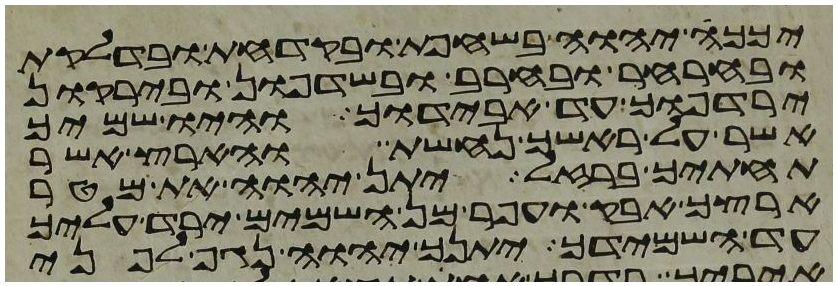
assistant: יכך יהוה בשחפת ובקדחת ובדלקת
ובחרחר ובחרב ובשדפון ובירקון
ירדפוך עד אבידוך והיו שמיך
אשר על ראשך נחשת והארץ אשר
תחתיך ברזל יתן יהוה את מטר
ארצך אבק ועפר מן השמים ירד עליך
עד השמידך יתנך יהוה נגף לפני